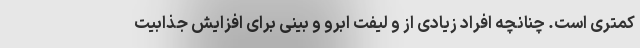
کمتری است. چنانچه افراد زیادی از و لیفت ابرو و بینی برای افزایش جذابیت